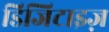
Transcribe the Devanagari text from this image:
डिजिटाइज़